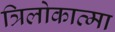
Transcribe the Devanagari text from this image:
त्रिलोकात्मा